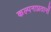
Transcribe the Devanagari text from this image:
कल्पनाप्रतानों